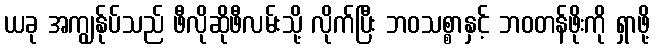
ယခု အကျွန်ုပ်သည် ဖီလိုဆိုဖီလမ်းသို့ လိုက်ပြီး ဘဝသစ္စာနှင့် ဘဝတန်ဖိုးကို ရှာဖို့